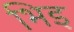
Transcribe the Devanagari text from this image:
भिइ